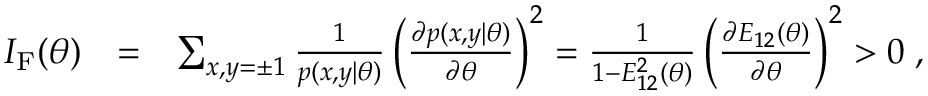
\begin{array} { r l r } { I _ { \mathrm { F } } ( \theta ) } & { = } & { \sum _ { x , y = \pm 1 } \frac { 1 } { p ( x , y | \theta ) } \left( \frac { \partial p ( x , y | \theta ) } { \partial \theta } \right) ^ { 2 } = \frac { 1 } { 1 - E _ { 1 2 } ^ { 2 } ( \theta ) } \left( \frac { \partial E _ { 1 2 } ( \theta ) } { \partial \theta } \right) ^ { 2 } > 0 \; , } \end{array}